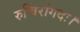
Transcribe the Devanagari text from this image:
रुचिरांगदः।